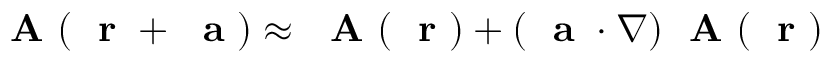
\mathrm { ~ \bf ~ A ~ } ( \mathrm { ~ \bf ~ r ~ } + { \mathrm { ~ \bf ~ a ~ } } ) \approx \mathrm { ~ \bf ~ A ~ } ( \mathrm { ~ \bf ~ r ~ } ) + ( { \mathrm { ~ \bf ~ a ~ } } \cdot \nabla ) \mathrm { ~ \bf ~ A ~ } ( \mathrm { ~ \bf ~ r ~ } )